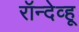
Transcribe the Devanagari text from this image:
रॉन्देव्हू